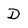
Character: D